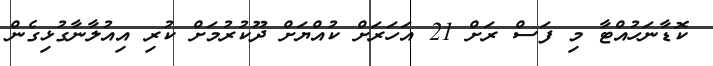
ކޮޑާނަހުއްޓާ މި ފަސް ރަށް 21 އަހަރަށް ކުއްޔަށް ދޫކުރުމަށް ކުރި އިއުލާނާގުޅިގެން